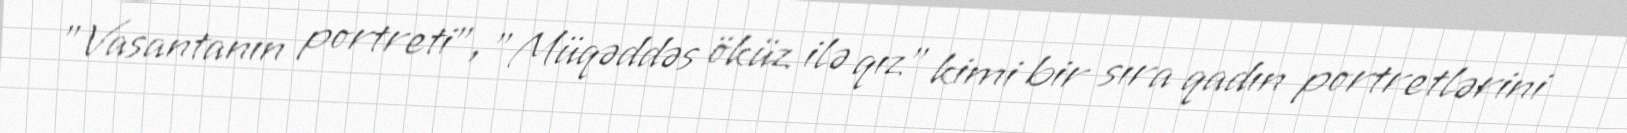
"Vasantanın portreti", "Müqəddəs öküz ilə qız" kimi bir sıra qadın portretlərini